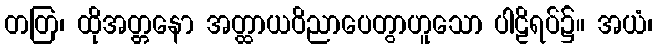
တတြ၊ ထိုအတ္တနော အတ္ထာယဝိညာပေတွာဟူသော ပါဠိရပ်၌။ အယံ၊